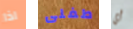
اذا طفلى أي